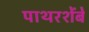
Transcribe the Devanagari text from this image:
पाथरशेंबे